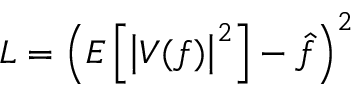
L = \left( E \left[ \left| V ( f ) \right| ^ { 2 } \right] - \hat { f } \right) ^ { 2 }